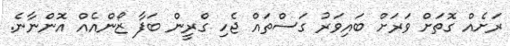
ރަށެއް ގޮތަށް ވަރަށް ބައިވަރު ގަސްތައް ޖެހި ގްރީން ބަފާ ޒޯންއެއް އޮންނާނެ.